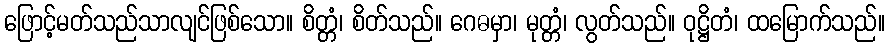
ဖြောင့်မတ်သည်သာလျင်ဖြစ်သော။ စိတ္တံ၊ စိတ်သည်။ ဂေဓမှာ၊ မုတ္တံ၊ လွတ်သည်။ ဝုဋ္ဌိတံ၊ ထမြောက်သည်။